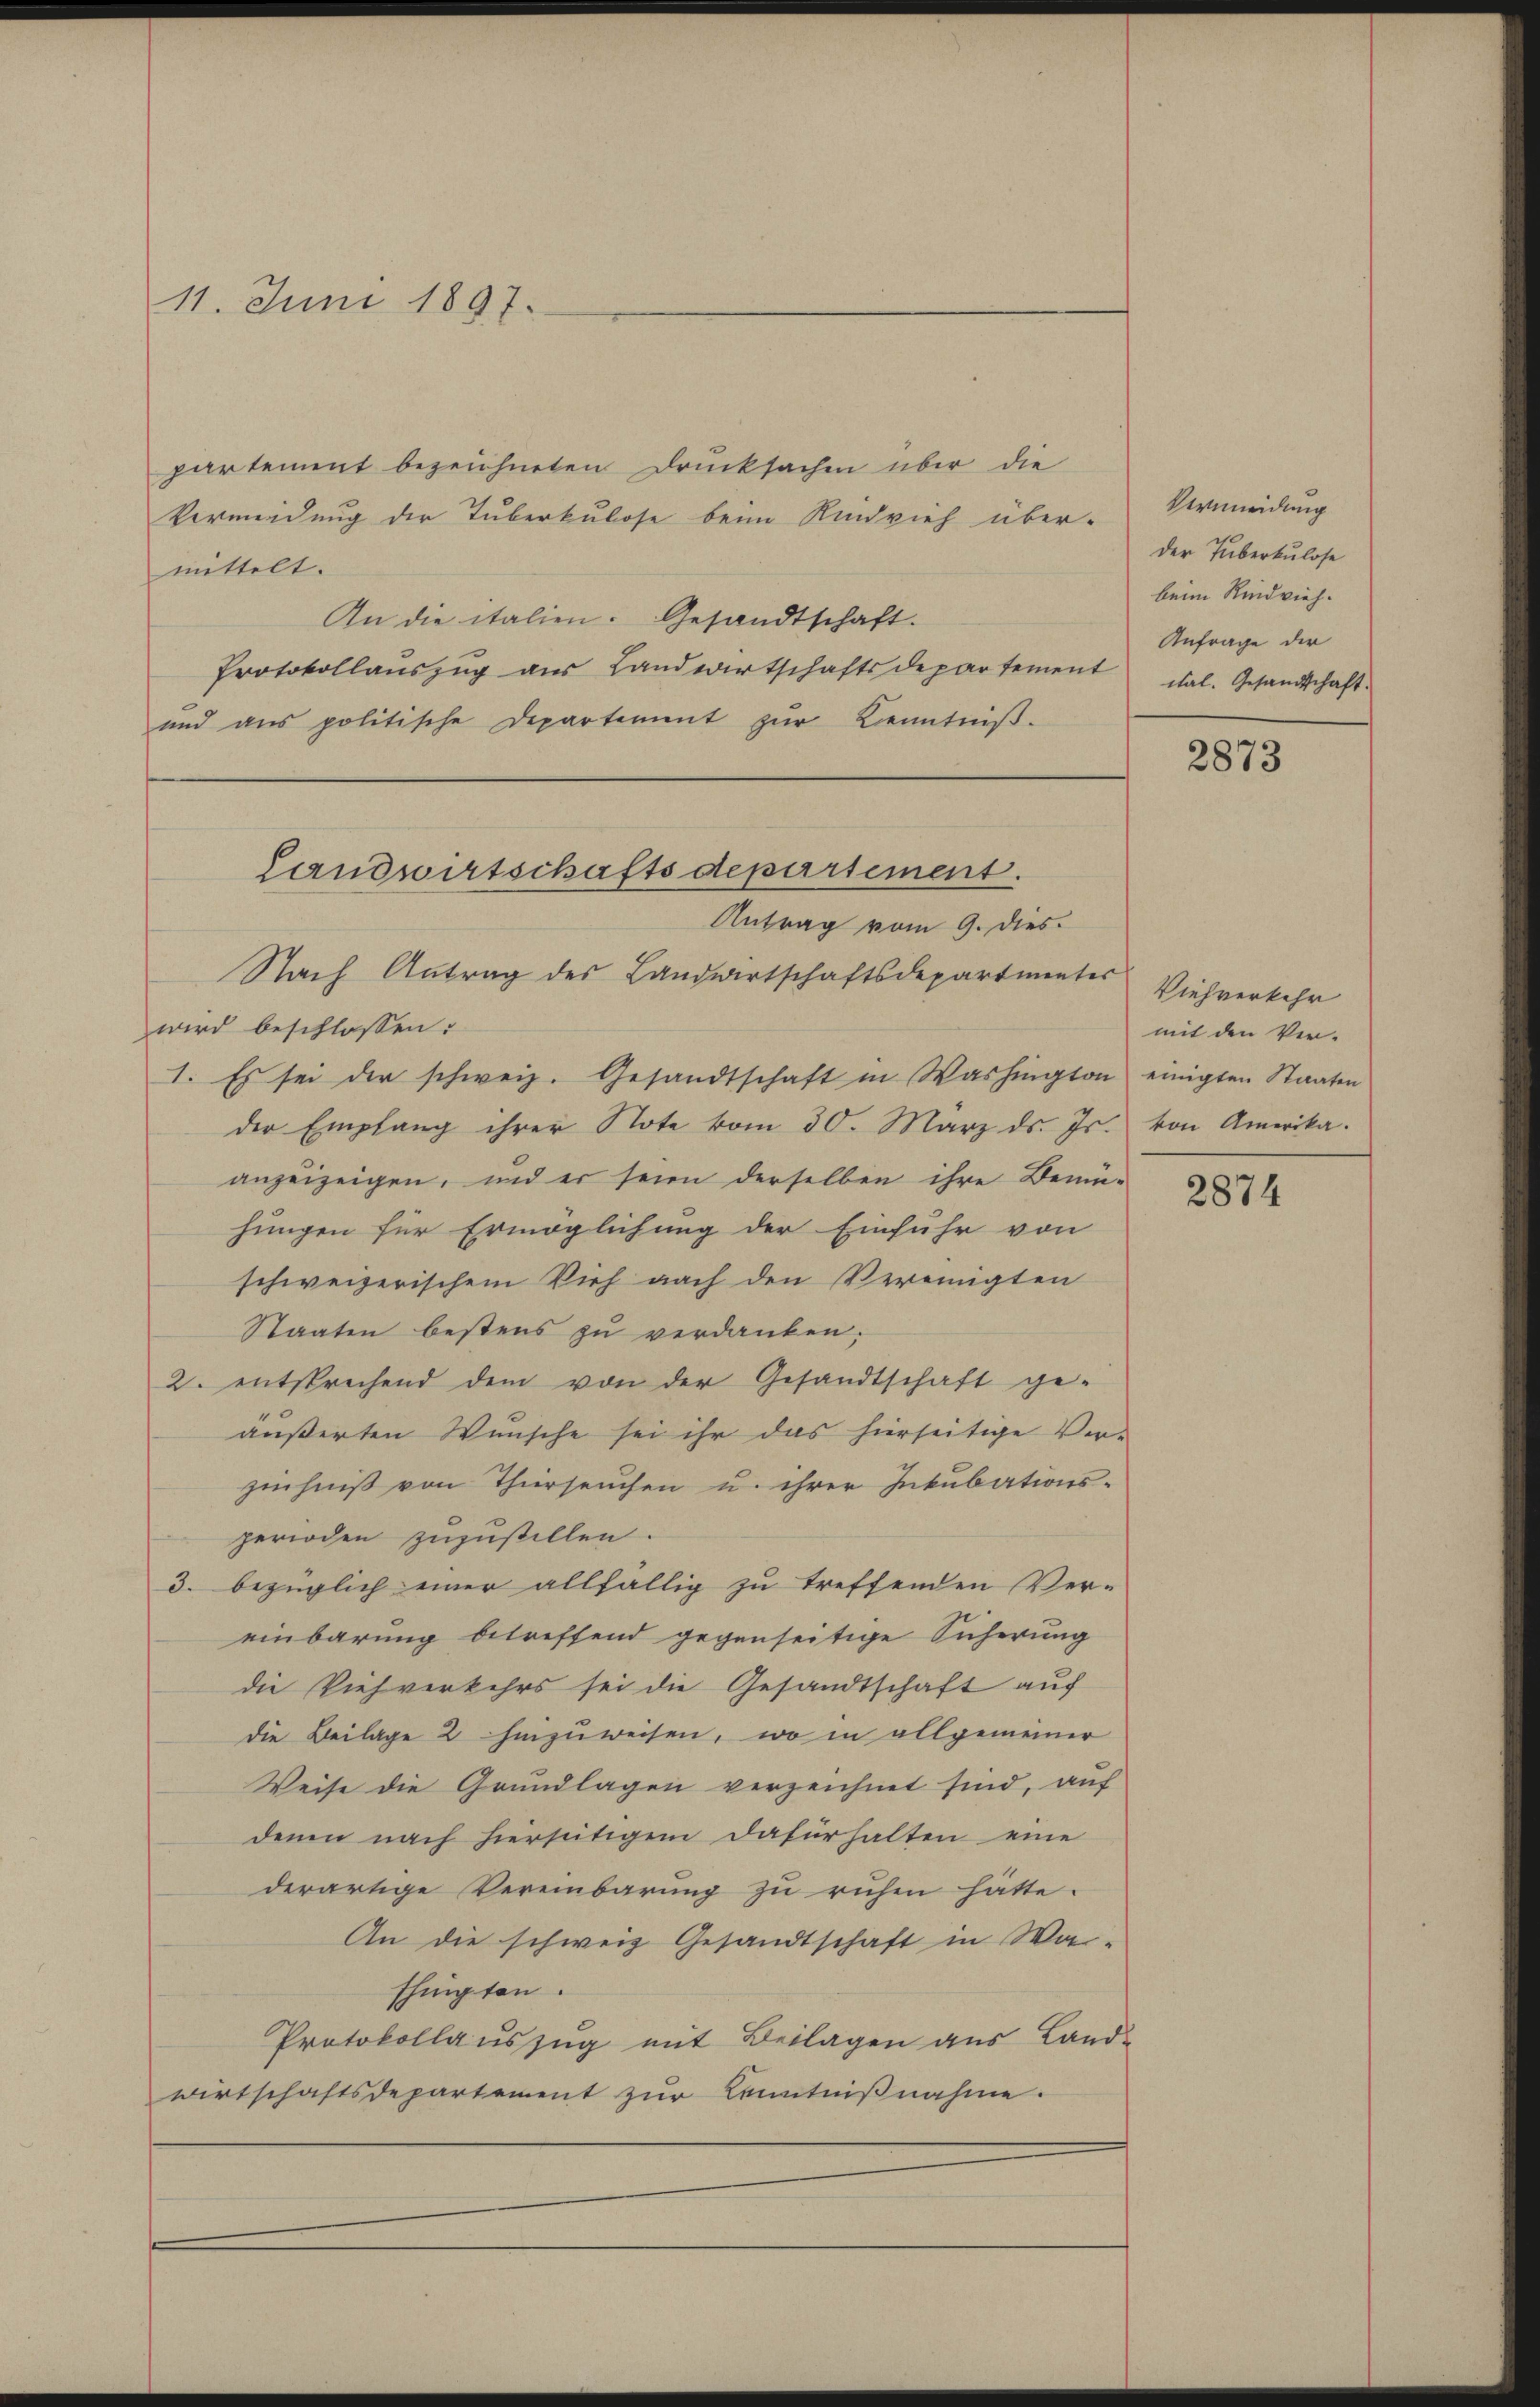
11. Juni 1897.

partement bezeichneten Drucksachen über die
Vermeidung der Tuberkulose beim Rindvieh über-
mittelt.
An die italien. Gesandtschaft.
Protokollaŭszŭg aŭs Landwirtschaftsdepartement cal. Gesandtschaft.
und ans politische Departement zŭr Kenntniβ.

Nach Antrag des Landwirtschaftsdepartientes Viehverkehr
wird beschlossen:
1. Es sei der schweiz. Gesandtschaft in Washington einigten Staaten
der Empfang ihrer Note vom 30. März ds. Js. von Amerika.
anzuzeigen, und er seien derselben ihre Bemühungen für Ermöglichung der Einfuhr von
schweizerischem Vieh nach den Vereinigten
Staaten bestens zu verdanken;
2. entsprechend dem von der Gesandtschaft ge-
äußerten Wunsche sei ihr das hierseitige Ver-
zeichniß von Thierseuchen u. ihrer Inkubations-
perioden zuzustellen.
3. bezüglich einer allfällig zu treffenden Ver-
einbarung betreffend gegenseitige Sicherung
die Viehverkehrs sei die Gesandtschaft auf
die Beilage 2 hinzuweisen, wo in allgemeiner
Weise die Grundlagen verzeichnet sind, auf
denn nach hiersütigem Dafürhalten eine
derartige Vereinbarung zu ruhen hätte.
An die schweiz Gesandtschaft in Wathingten.
Protokollaŭszŭg mit Beilagen aus Land-
wirtschaftsdepartement zur Kenntnißnahme.

Landwirtschaftsdepartement.
Antrag vom 9. Dies

Vermeidung
der Tuberkulose
beim Rindvieh.
Anfrage der

2873

mit den Ver-

2874